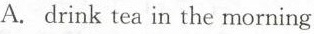
A. drink tea in the morning